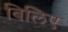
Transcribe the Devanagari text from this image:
बिलिए